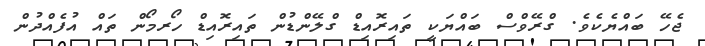
ޖެހޭ ބައްޔެކެވެ. ގްރޭވްސް ބައްޔަކީ ތައިރޮއިޑް ގްލޭންޑުން ތައިރޮއިޑް ހޯރމޯން ތައް އުފެއްދުން